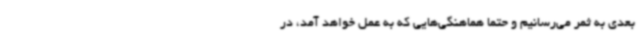
بعدی به ثمر می‌رسانیم و حتماً هماهنگی‌هایی که به عمل خواهد آمد، در